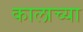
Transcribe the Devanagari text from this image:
कालाच्या